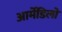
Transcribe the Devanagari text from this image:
आर्मेडिलो